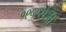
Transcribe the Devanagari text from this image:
१९५२रोजी